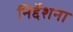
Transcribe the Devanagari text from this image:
निर्द्देशना